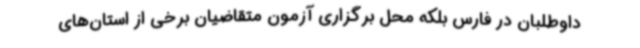
داوطلبان در فارس بلکه محل برگزاری آزمون متقاضیان برخی از استان‌های